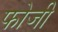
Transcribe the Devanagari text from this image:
फोजी